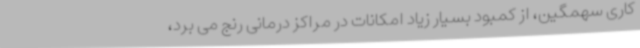
کاری سهمگین، از کمبود بسیار زیاد امکانات در مراکز درمانی رنج می برد،